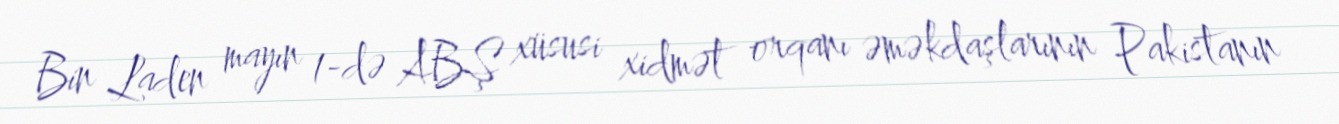
Bin Laden mayın 1-də ABŞ xüsusi xidmət orqanı əməkdaşlarının Pakistanın